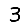
Digit: 3